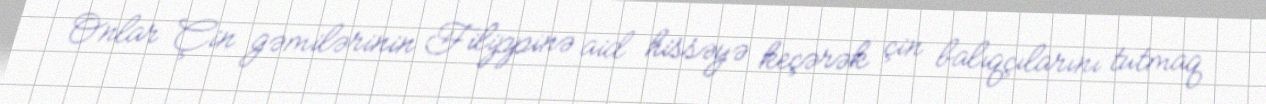
Onlar Çin gəmilərinin Filippinə aid hissəyə keçərək çin balıqçılarını tutmaq